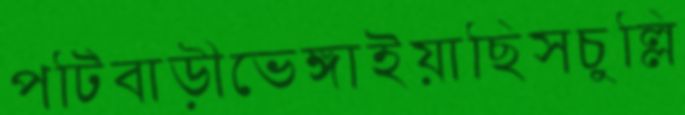
পটিবাড়ীভেঙ্গাইয়াছিসচুল্লি